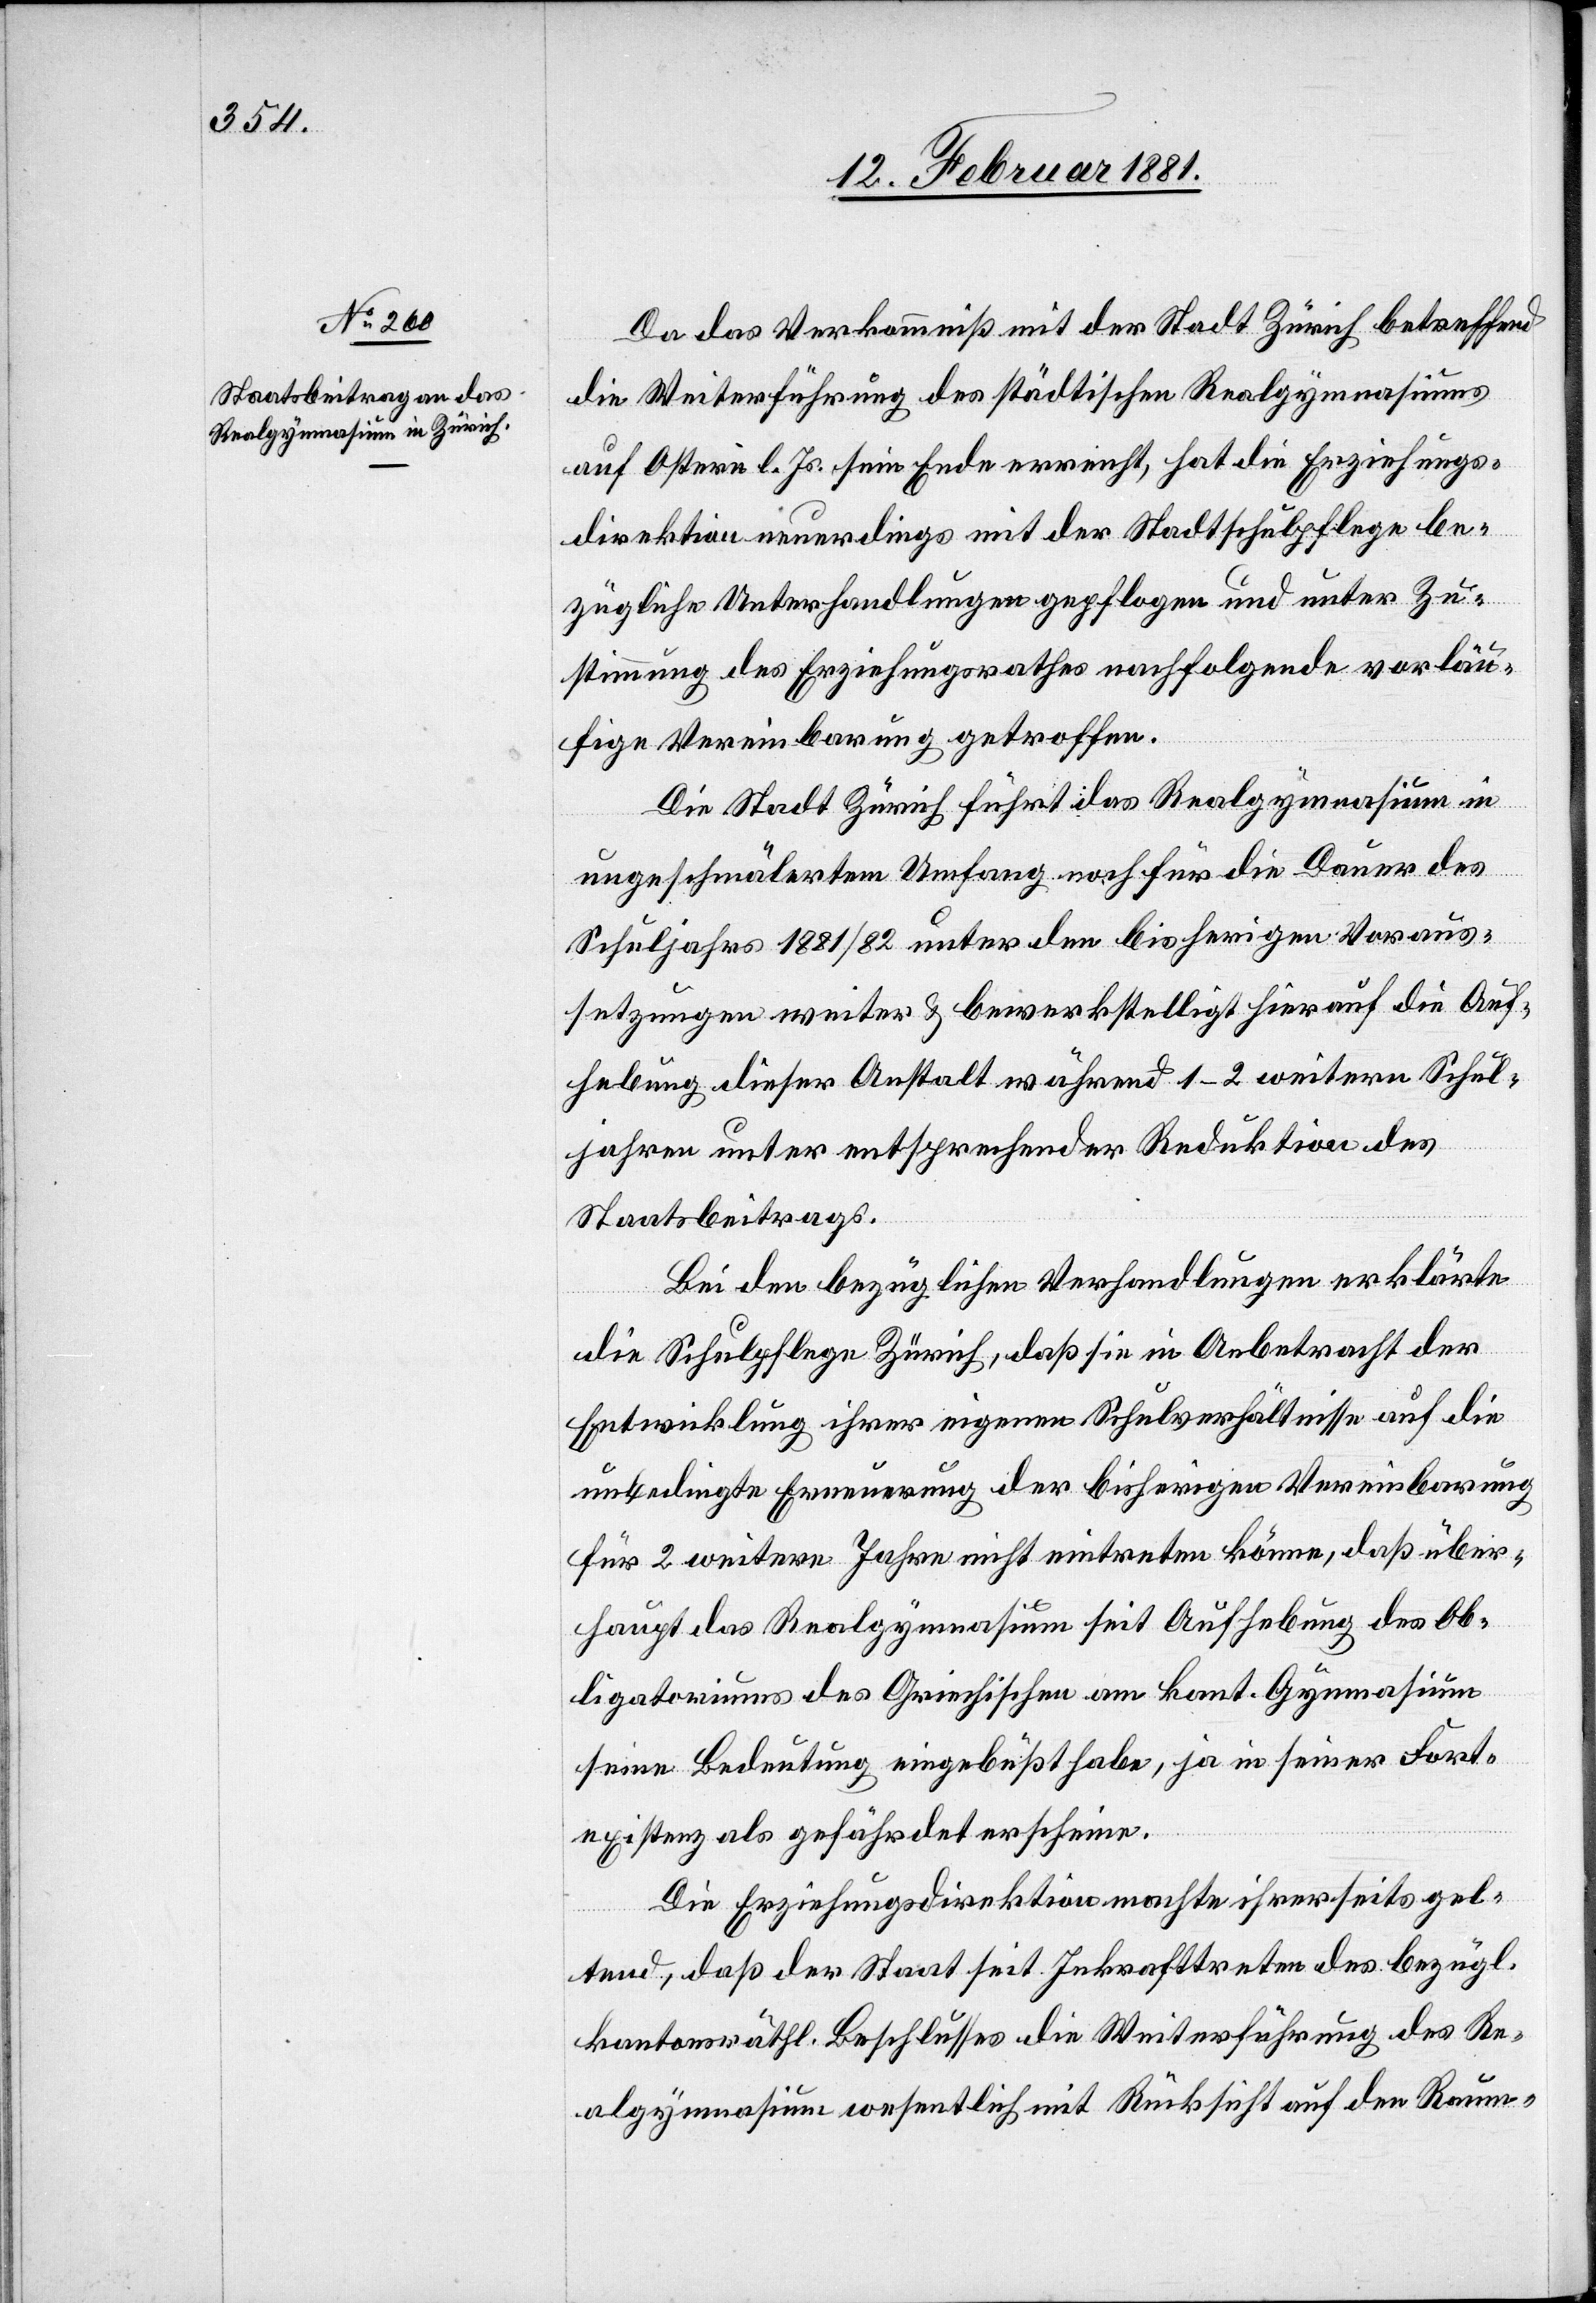
Da das Verkommniß mit der Stadt Zürich betreffend
die Weiterführung des städtischen Realgymnasiums
auf Ostern l. Js. sein Ende erreicht, hat die Erziehungs¬
direktion neuerdings mit der Stadtschulpflege be¬
zügliche Unterhandlungen gepflogen und unter Zu¬
stimmung des Erziehungsrathes nachfolgende vorläu¬
fige Vereinbarung getroffen.
Die Stadt Zürich führt das Realgymnasium in
ungeschmälertem Umfang noch für die Dauer des
Schuljahres 1881/82 unter den bisherigen Voraus¬
setzungen weiter & bewerkstelligt hierauf die Auf¬
hebung dieser Anstalt während 1–2 weiteren Schul¬
jahren unter entsprechender Reduktion des
Staatsbeitrags.
Bei den bezüglichen Verhandlungen erklärte
die Schulpflege Zürich, daß sie in Anbetracht der
Entwicklung ihrer eigenen Schulverhältnisse auf die
unbedingte Erneuerung der bisherigen Vereinbarung
für 2 weitere Jahre nicht eintreten könne, daß über¬
haupt das Realgymnasium seit Aufhebung des Ob¬
ligatoriums des Griechischen am kant. Gymnasium
seine Bedeutung eingebüßt habe, ja in seiner Fort¬
existenz als gefährdet erscheine.
Die Erziehungsdirektion machte ihrerseits gel¬
tend, daß der Staat sein Inkrafttreten des bezügl.
kantonsräthl. Beschlusses die Weiterführung des Re¬
algymnasiums wesentlich mit Rücksicht auf den Raum-